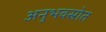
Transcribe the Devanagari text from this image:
अनुभवस्रोत